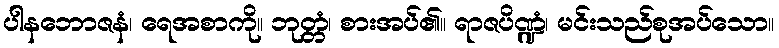
ပါနဘောဇနံ၊ ရေအစာကို။ ဘုတ္တံ၊ စားအပ်၏။ ရာဇပိဏ္ဍံ၊ မင်းသည်စုအပ်သော။